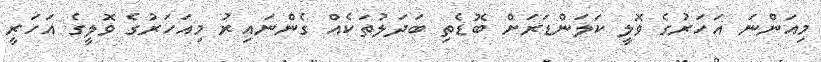
މިއަންނަ އަހަރުގެ ވޮލީ ކަލަންޑަރަށް ބޮޑެތި ބަދަލުތަކެއް ގެންނައިރު މިއަހަރުގެ ވޮލީގެ އަހަރީ